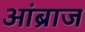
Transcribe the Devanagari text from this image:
आंब्राज